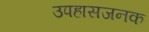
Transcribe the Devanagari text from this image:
उपहासजनक